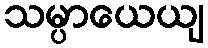
သမ္ပာယေယျ